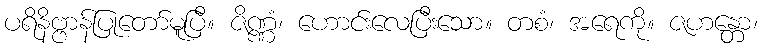
ပရိနိဗ္ဗာန်ပြုတော်မူပြီ။ ဇိဏ္ဏံ၊ ဟောင်းလေပြီးသော။ တစံ၊ အရေကို။ ဇဟန္တော၊